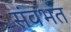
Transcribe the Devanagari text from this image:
संवभत